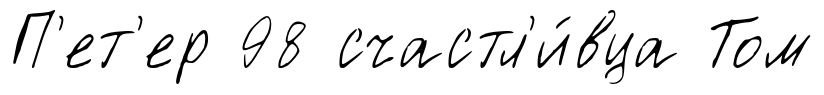
П'ет'ер 98 счастл'и́вца Том